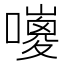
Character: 𡂅